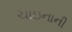
ચાઇનાની